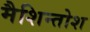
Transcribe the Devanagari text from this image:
मैशिन्तोश